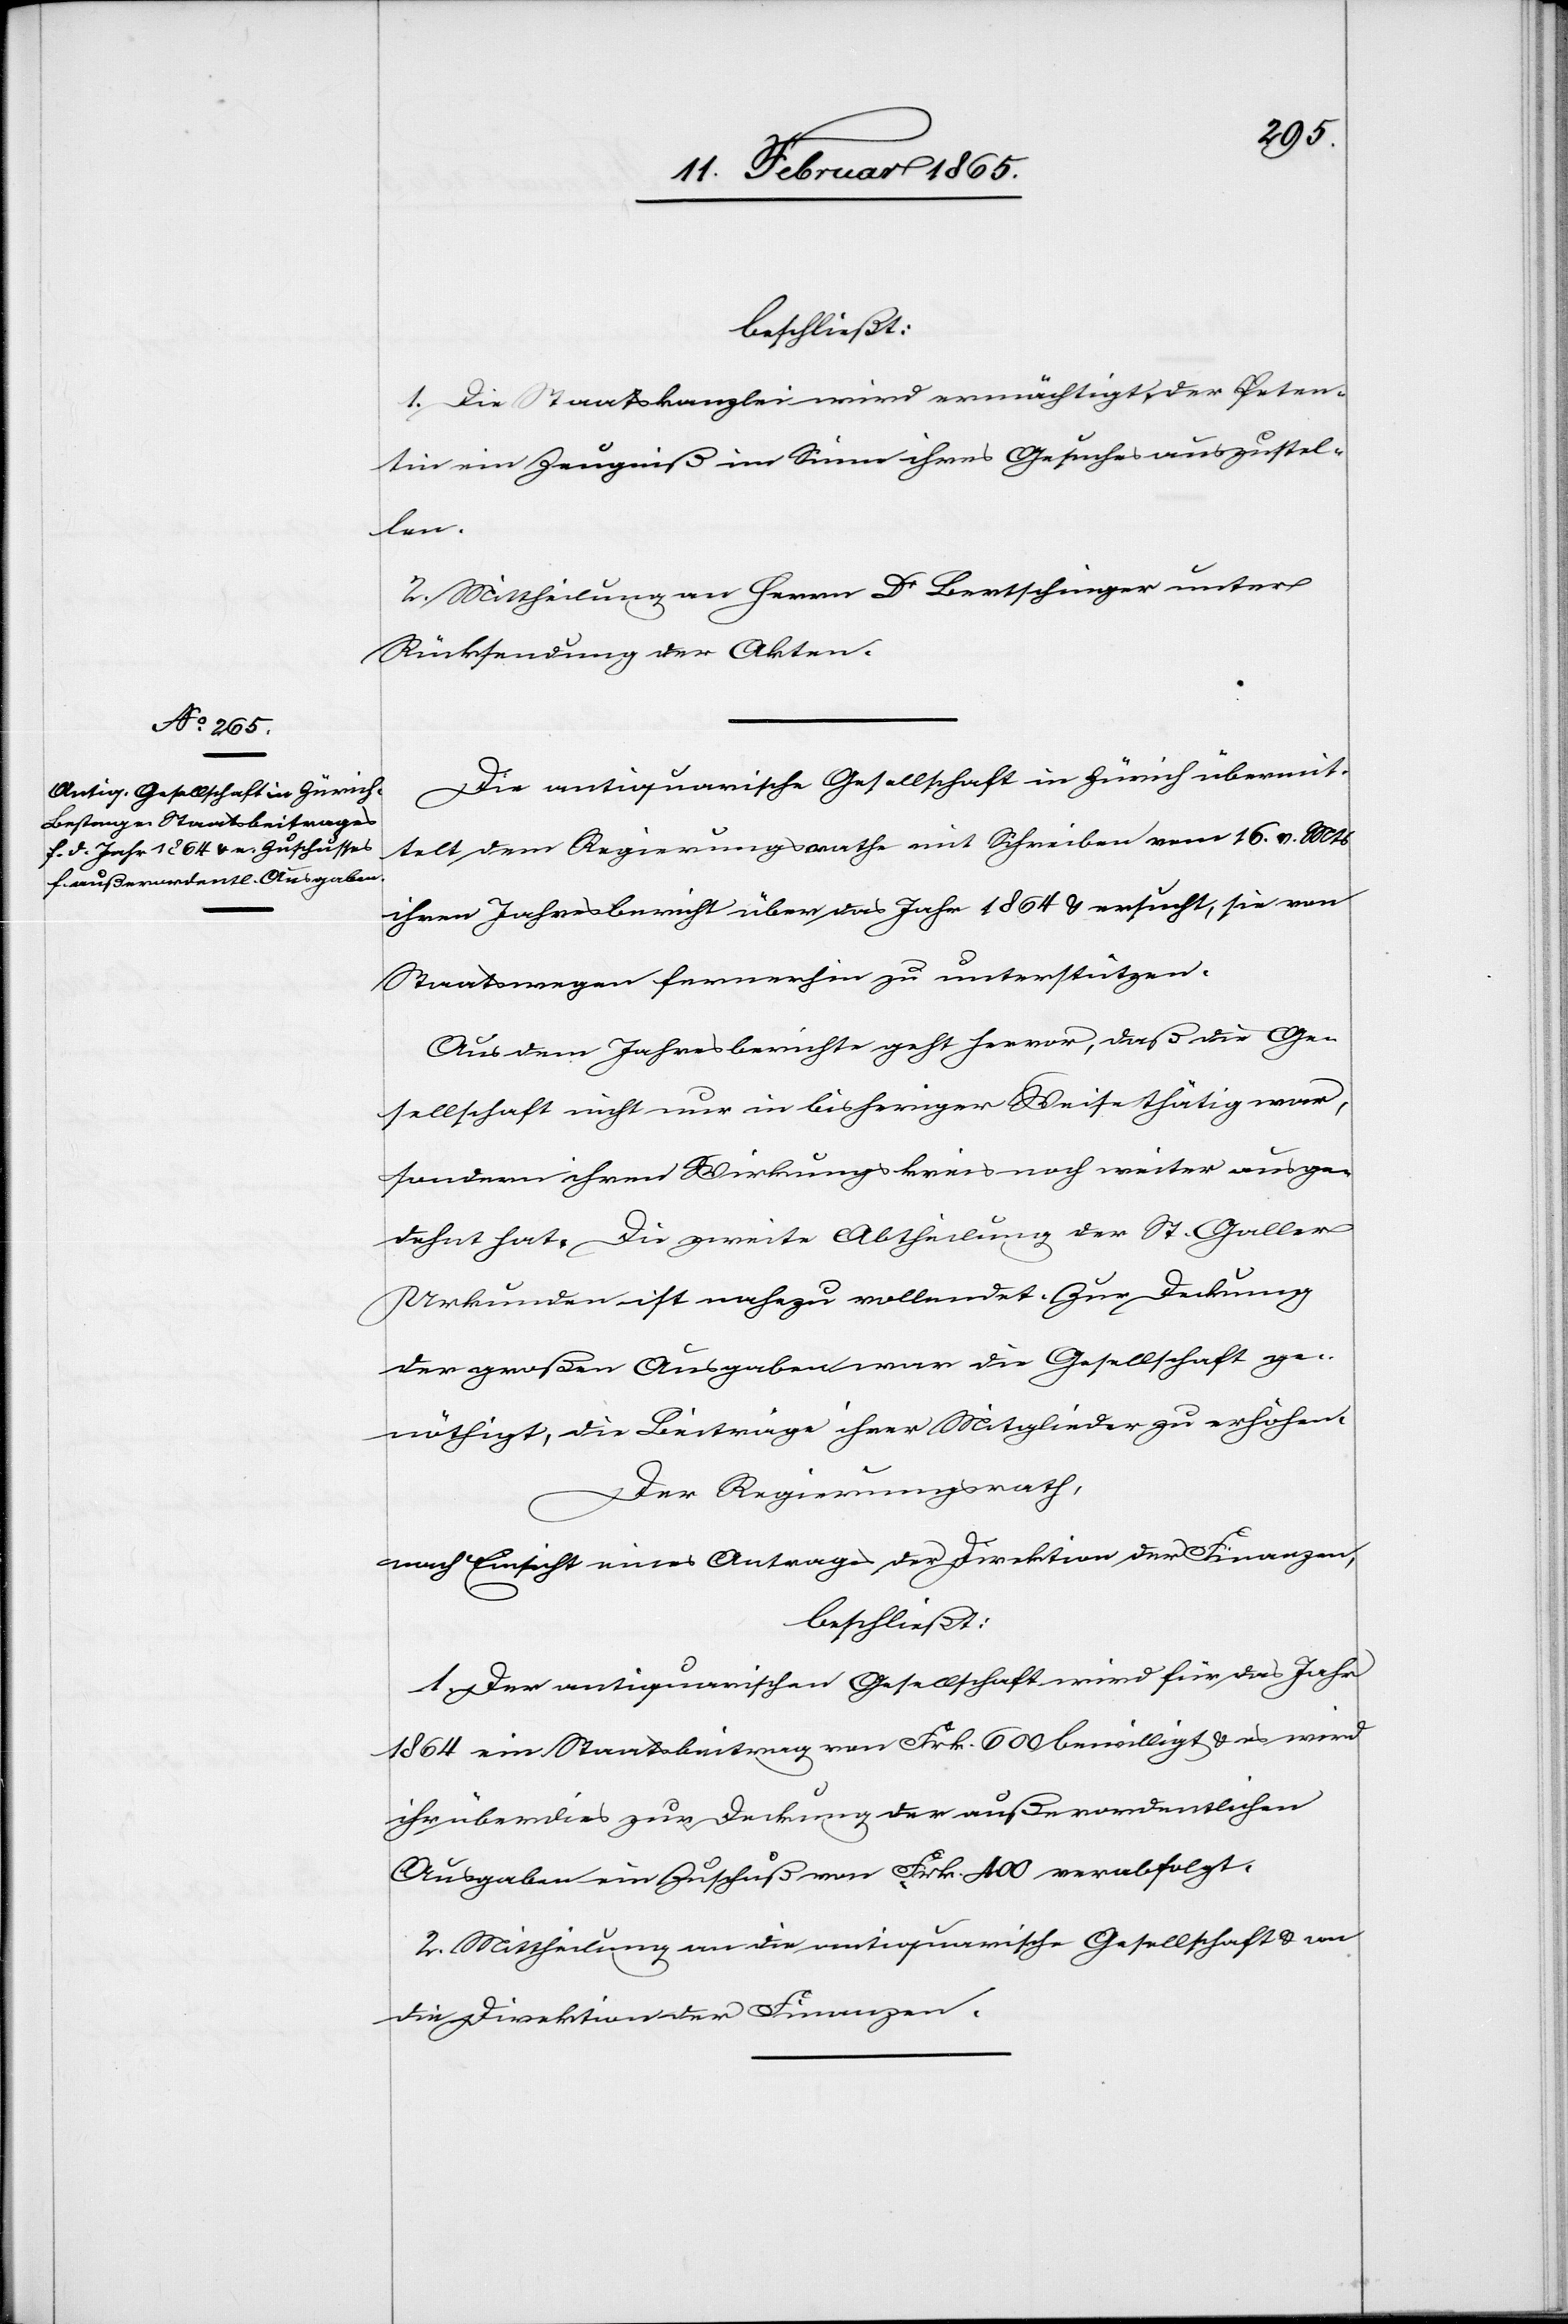
beschließt:
1. Die Staatskanzlei wird ermächtigt, der Peten¬
tin ein Zeugniß im Sinne ihres Gesuches auszustel¬
len.
2. Mittheilung an Herrn Dr Bertschinger unter
Rücksendung der Akten.
Die antiquarische Gesellschaft in Zürich übermit¬
telt dem Regierungsrathe mit Schreiben vom 16. v. Mts
ihren Jahresbericht über das Jahr 1864 u. ersucht, sie von
Staatswegen fernerhin zu unterstützen.
Aus dem Jahresberichte geht hervor, daß die Ge¬
sellschaft nicht nur in bisheriger Weise thätig war,
sondern ihren Wirkungskreis noch weiter ausge¬
dehnt hat. Die zweite Abtheilung der St. Galler
Urkunden ist nahezu vollendet. Zur Deckung
der großen Ausgaben war die Gesellschaft ge¬
nöthigt, die Beiträge ihrer Mitglieder zu erhöhen.
Der Regierungsrath,
nach Einsicht eines Antrages der Direktion der Finanzen,
beschließt:
1. Der antiquarischen Gesellschaft wird für das Jahr
1864 ein Staatsbeitrag von Frk. 600 bewilligt u. es wird
ihr überdies zur Deckung der außerordentlichen
Ausgaben ein Zuschuß von Frk. 400 verabfolgt:
2. Mittheilung an die antiquarische Gesellschaft u. an
die Direktion der Finanzen.